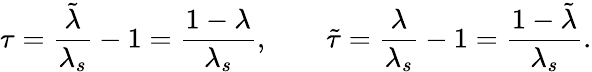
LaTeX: \tau=\frac{\tilde{\lambda}}{\lambda_{s}}-1=\frac{1-\lambda}{\lambda_{s}},\qquad\tilde{\tau}=\frac{\lambda}{\lambda_{s}}-1=\frac{1-\tilde{\lambda}}{\lambda_{s}}.